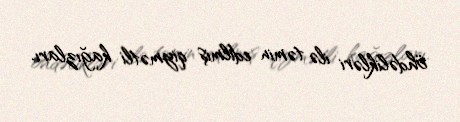
öhdəlikləri ilə təmin edilmiş qiymətli kağızları.